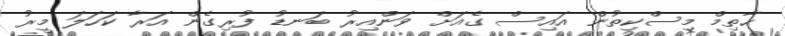
ޙާތިމް މިސްކިތުން އައިސް ގެއަށް ވަންއިރު ބަނޑު ފުރިގެން އަރާ ކަހަލަ މީރު